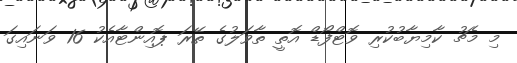
މި މެޗު ކާމިޔާބުކުރި ވޮޓްފޯޑް އޮތީ ތާވަލުގެ ތޭރަ ޕޮއިންޓާއެކު 16 ވަނައިގަ